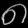
Digit: ၈